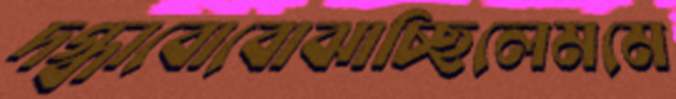
দগ্ধাবোবোঝাচ্ছিলেমমে